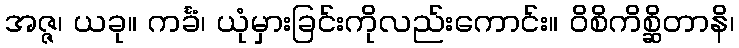
အဇ္ဇ၊ ယခု။ ကင်္ခံ၊ ယုံမှားခြင်းကိုလည်းကောင်း။ ဝိစိကိစ္ဆိတာနိ၊